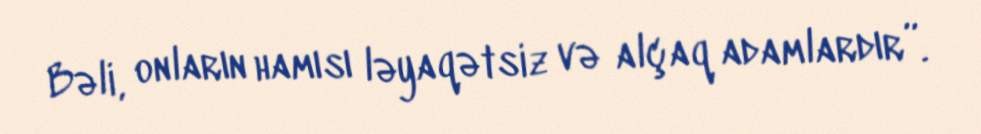
Bəli, onların hamısı ləyaqətsiz və alçaq adamlardır”.